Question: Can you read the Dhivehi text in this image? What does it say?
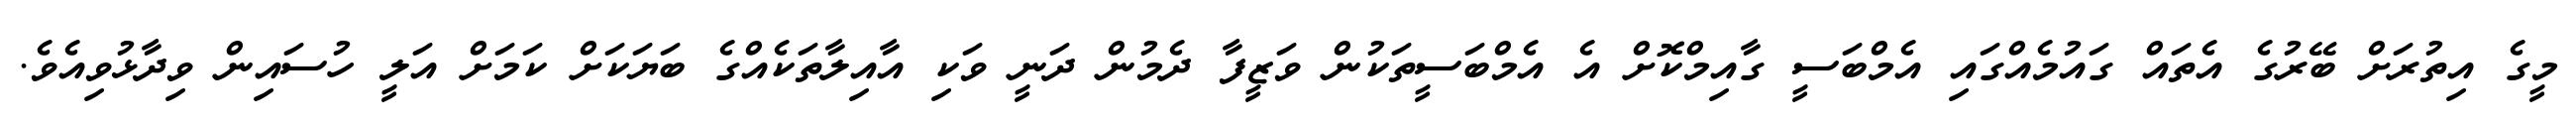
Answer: މީގެ އިތުރަށް ބޭރުގެ އެތައް ގައުމެއްގައި އެމްބަސީ ގާއިމްކޮށް އެ އެމްބަސީތަކުން ވަޒީފާ ދެމުން ދަނީ ވަކި އާއިލާތަކެއްގެ ބަޔަކަށް ކަމަށް އަލީ ހުސައިން ވިދާޅުވިއެވެ.